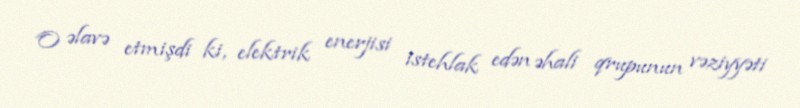
O əlavə etmişdi ki, elektrik enerjisi istehlak edən əhali qrupunun vəziyyəti